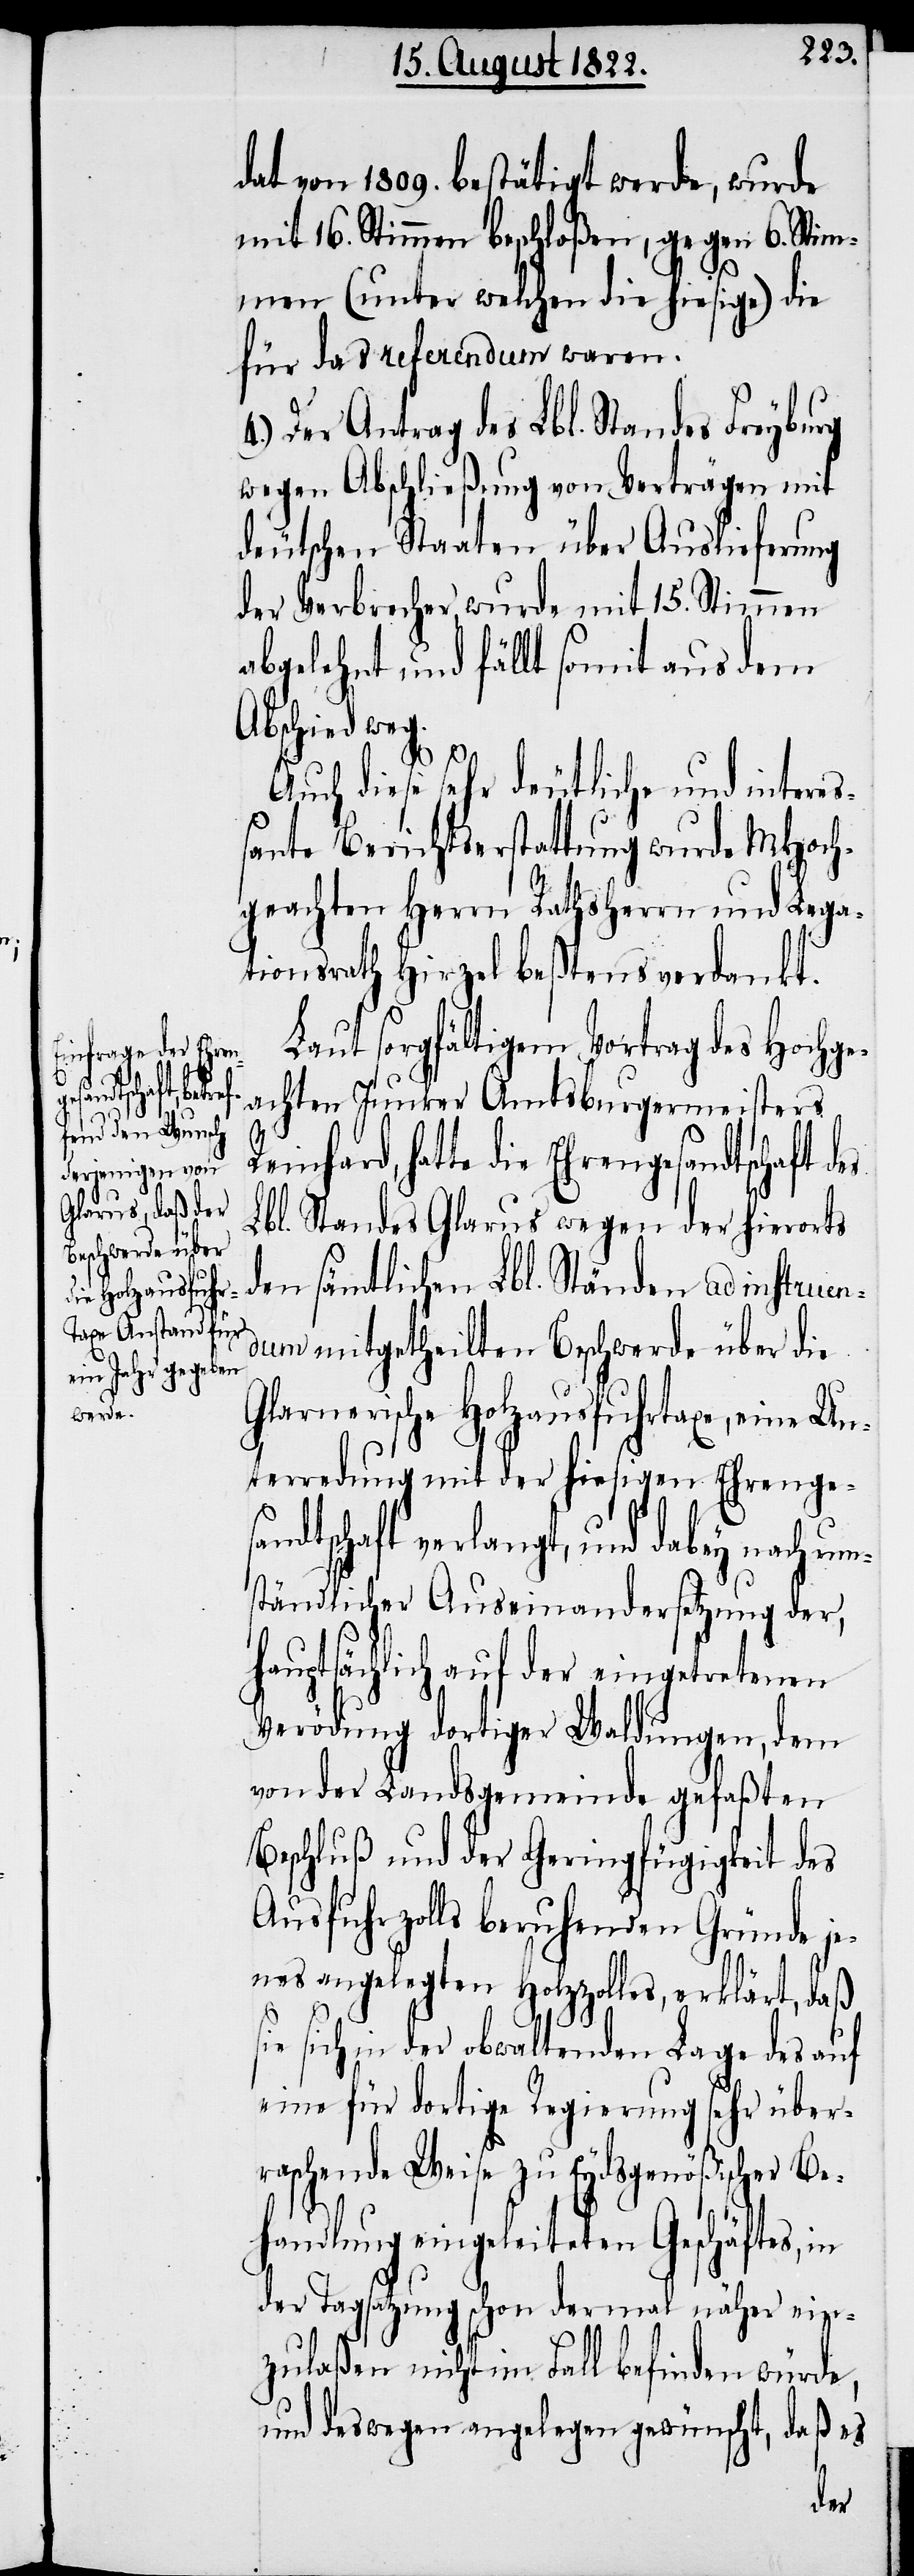
andtschaft des
s¬

dat von 1809. bestätigt werde, wurde
mit 16. Stimmen beschloßen, gegen 6. Stim¬
men (unter welchen die hiesige) die
für das referendum waren.
Der Antrag des Lbl. Standes Freyburg
wegen Abschließung von Verträgen mit
deutschen Staaten über Auslieferung
der Verbrecher, wurde mit 15. Stimmen
abgelehnt und fällt somit aus dem
Abschied weg.
Auch diese sehr deutliche und intere¬
ßante Berichtserstattung wurde MHoch¬
geachten Herrn Rathsherrn und Lega¬
tionsrath Hirzel beßtens verdankt.
Laut sorgfältigem Vortrag des Hochge¬
achten Junker Amtsburgermeisters
Lbl. Standes Glarus wegen der hierorts
den sämtlichen Lbl. Ständen ad instruen¬
dum mitgetheilten Beschwerde über die
Glarnerische Holzausfuhrtaxe, eine Un¬
terredung mit der hiesigen Ehrenges¬
andtschaft verlangt, und habe nach um¬
ständlicher Auseinandersetzung der,
hauptsächlich auf der eingetretenen
Verödung dortiger Waldungen, dem
von der Landsgemeinde gefaßten
Beschluß und der Geringfähigkeit des
Ausfuhrzolls beruhenden Gründe j¬
enes angelegten Holzzolles, erklärt, daß
ie sich in der obwaltenden Lage des auf
eine für dortige Regierung sehr über¬
raschende Weise zu Eydsgenößischer Be¬
handlung eingeleiteten Geschäftes, in
der Tagsatzung schon dermal näher ein¬
zulaßen nicht im Fall befinden würde,
und deswegen angelegen gewünscht, daß es